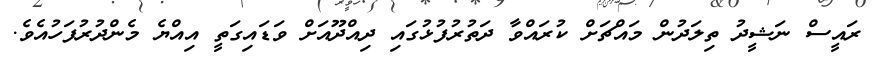
ރައީސް ނަޝީދު ތިލަދުން މައްޗަށް ކުރައްވާ ދަތުރުފުޅުގައި ދިއްދޫއަށް ވަޑައިގަތީ އިއްޔެ މެންދުރުފަހުއެވެ.